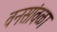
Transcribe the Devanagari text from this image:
वनसांवळा